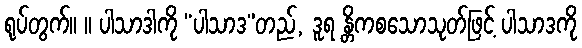
ရုပ်တွက်။ ။ ပါသာဒါကို “ပါသာဒ”တည်, ဒူရ န္တိကစသောသုတ်ဖြင့် ပါသာဒကို